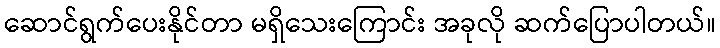
ဆောင်ရွက်ပေးနိုင်တာ မရှိသေးကြောင်း အခုလို ဆက်ပြောပါတယ်။